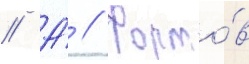
// А́ // Форто́в